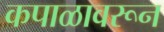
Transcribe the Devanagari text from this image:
कपाळावरून